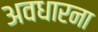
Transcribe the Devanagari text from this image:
अवधारना